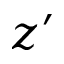
z ^ { \prime }